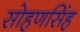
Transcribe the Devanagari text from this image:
सोहणसिंह